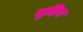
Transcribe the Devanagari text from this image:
मुहिब